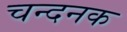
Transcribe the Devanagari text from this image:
चन्दनक